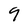
Character: 9